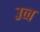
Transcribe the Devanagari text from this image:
उच्व